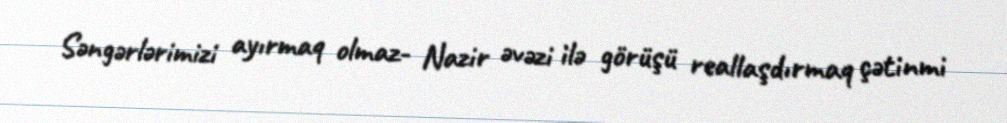
Səngərlərimizi ayırmaq olmaz- Nazir əvəzi ilə görüşü reallaşdırmaq çətinmi